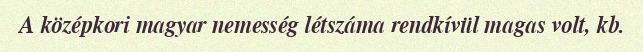
A középkori magyar nemesség létszáma rendkívül magas volt, kb.